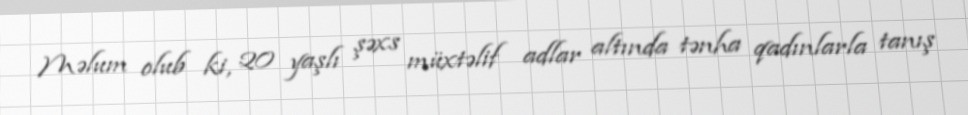
Məlum olub ki, 20 yaşlı şəxs müxtəlif adlar altında tənha qadınlarla tanış